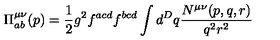
\Pi _ { a b } ^ { \mu \nu } ( p ) = \frac { 1 } { 2 } g ^ { 2 } f ^ { a c d } f ^ { b c d } \int d ^ { D } q \frac { N ^ { \mu \nu } ( p , q , r ) } { q ^ { 2 } r ^ { 2 } }